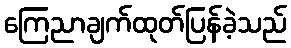
ကြေညာချက်ထုတ်ပြန်ခဲ့သည်